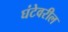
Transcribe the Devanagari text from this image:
घंटेवरील